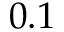
0 . 1